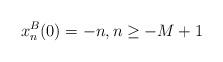
LaTeX: \begin{align*}x^B_n(0)=-n, n\geq -M+1\end{align*}